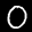
Label: 0